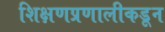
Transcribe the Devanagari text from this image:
शिक्षणप्रणालीकडून